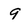
Character: 9